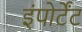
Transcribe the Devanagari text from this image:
इंपोर्टेंट